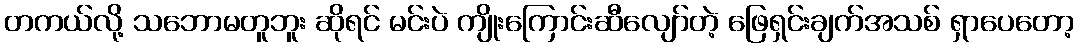
တကယ်လို့ သဘောမတူဘူး ဆိုရင် မင်းပဲ ကျိုးကြောင်းဆီလျော်တဲ့ ဖြေရှင်းချက်အသစ် ရှာပေတော့